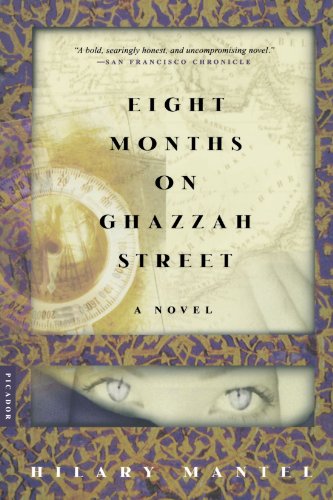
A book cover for Eight Months on Ghazzah Street: A Novel; Hilary Mantel; Literature & Fiction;